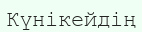
Күнікейдің